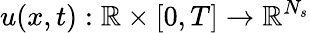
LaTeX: u(x,t):\mathbb{R}\times[0,T]\rightarrow\mathbb{R}^{N_{s}}